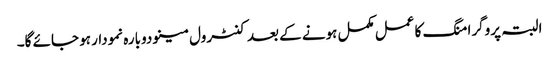
البتہ پروگرامنگ کا عمل مکمل ہونے کے بعد کنٹرول مینو دوبارہ نمودار ہو جائے گا۔